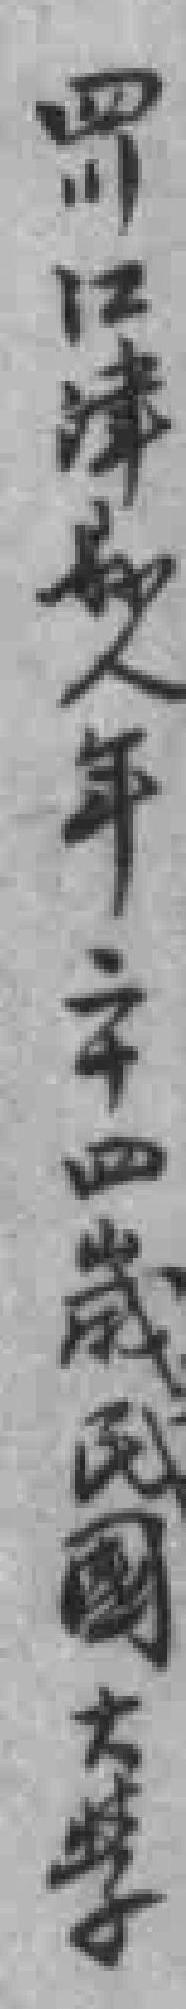
四川江津縣人年二十四歲民國大學